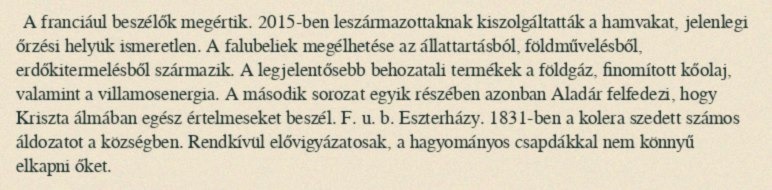
A franciául beszélők megértik. 2015-ben leszármazottaknak kiszolgáltatták a hamvakat, jelenlegi őrzési helyük ismeretlen. A falubeliek megélhetése az állattartásból, földművelésből, erdőkitermelésből származik. A legjelentősebb behozatali termékek a földgáz, finomított kőolaj, valamint a villamosenergia. A második sorozat egyik részében azonban Aladár felfedezi, hogy Kriszta álmában egész értelmeseket beszél. F. u. b. Eszterházy. 1831-ben a kolera szedett számos áldozatot a községben. Rendkívül elővigyázatosak, a hagyományos csapdákkal nem könnyű elkapni őket.